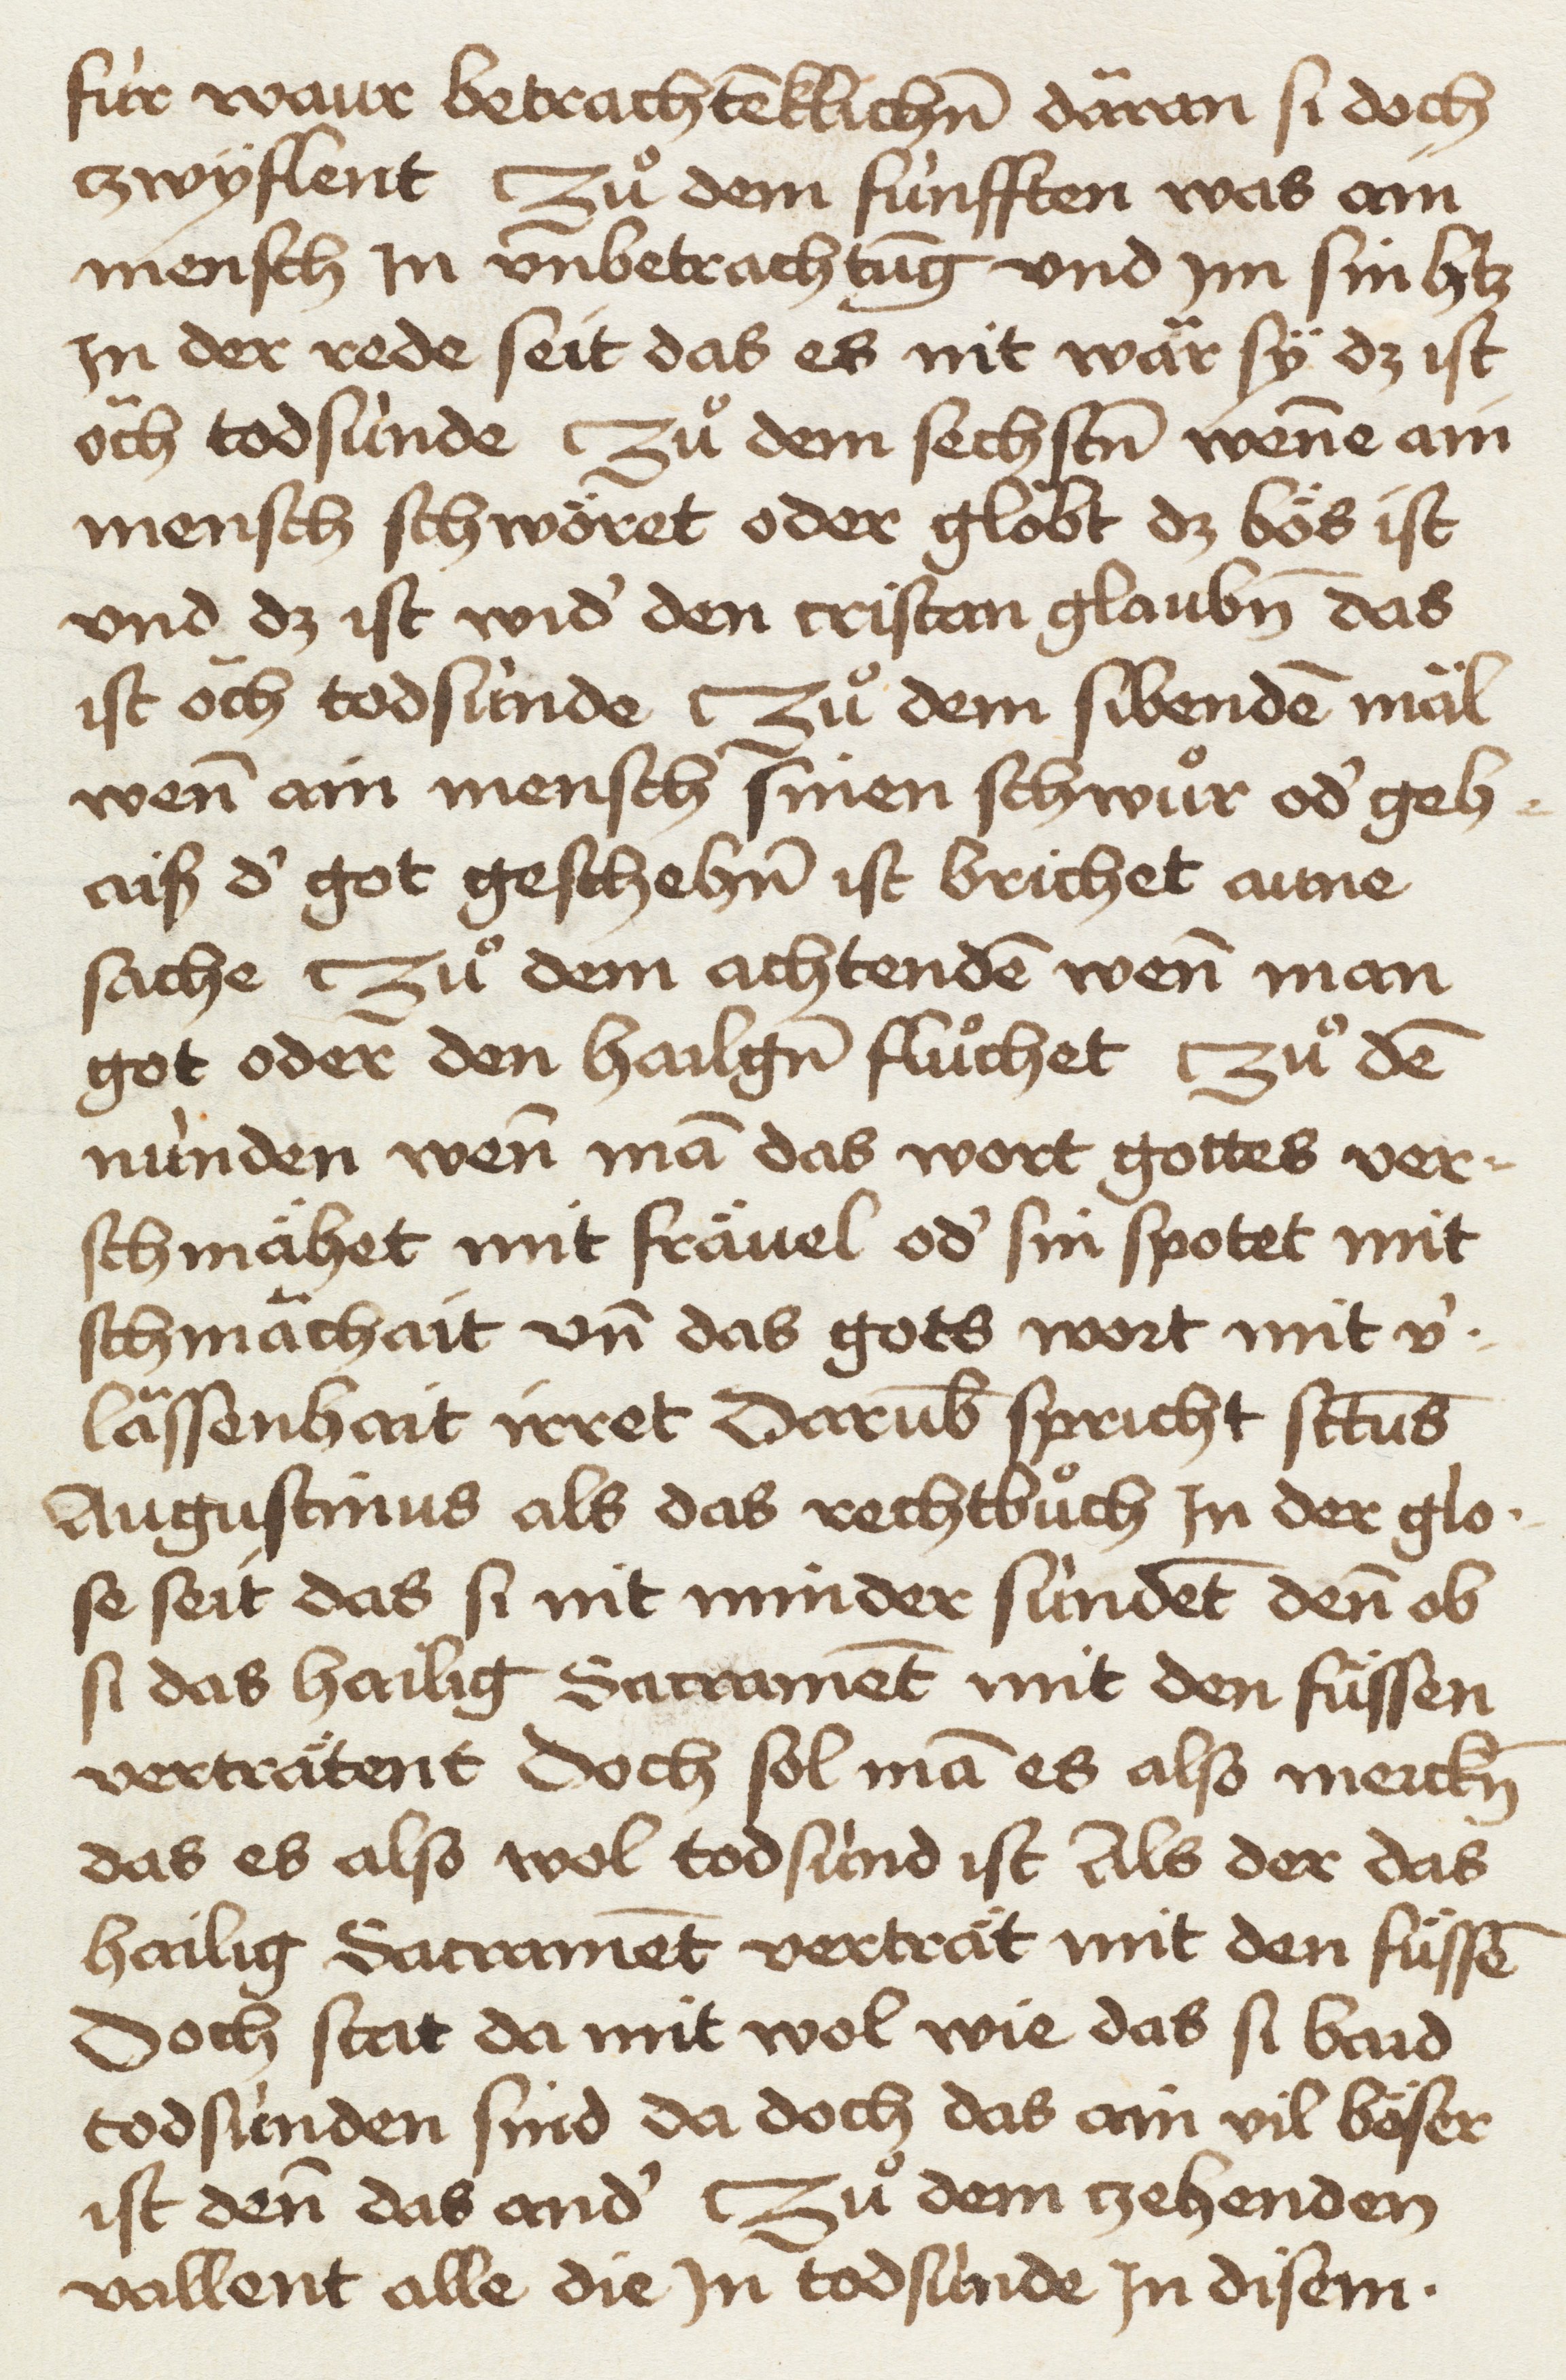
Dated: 1465–1467